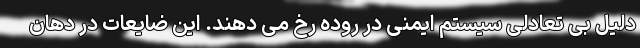
دلیل بی تعادلی سیستم ایمنی در روده رخ می دهند. این ضایعات در دهان